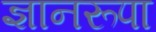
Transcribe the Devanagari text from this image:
ज्ञानरूपा